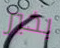
بخير